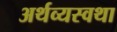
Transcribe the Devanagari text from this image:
अर्थव्यस्वथा